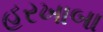
હરખાબા